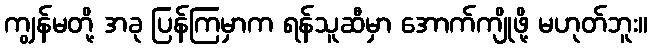
ကျွန်မတို့ အခု ပြန်ကြမှာက ရန်သူဆီမှာ အောက်ကျိုဖို့ မဟုတ်ဘူး။